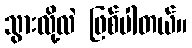
သွားလို့လဲ ဖြစ်ပါတယ်။